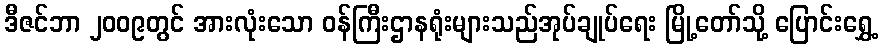
ဒီဇင်ဘာ ၂၀၀၉တွင် အားလုံးသော ဝန်ကြီးဌာနရုံးများသည်အုပ်ချုပ်ရေး မြို့တော်သို့ ပြောင်းရွှေ့